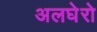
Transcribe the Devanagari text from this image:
अलघेरो